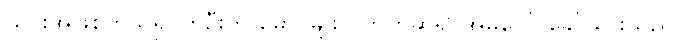
ယင်းအဖြစ်ကိုသိ၍ ကိုဦးက မောင်မျိုးလက်ကိုဆွဲ၍ အိမ်ပေါ် ခေါ်သွားသည်။